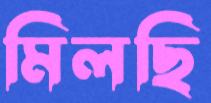
মিলছি